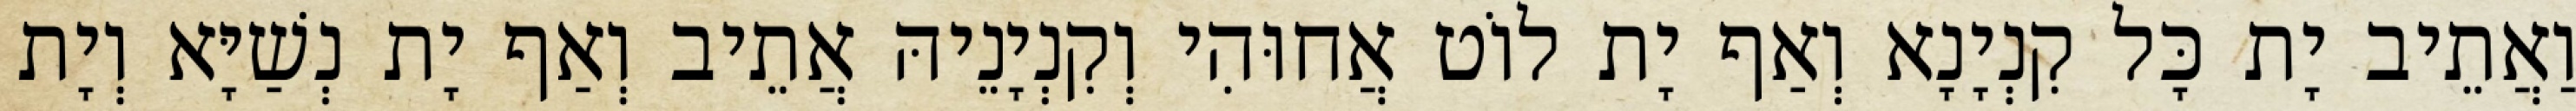
וַאֲתֵיב יָת כָּל קִנְיָנָא וְאַף יָת לוֹט אֲחוּהִי וְקִנְיָנֵיהּ אֲתֵיב וְאַף יָת נְשַׁיָּא וְיָת